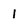
Character: 1